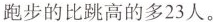
跑步的比跳高的多23人。